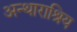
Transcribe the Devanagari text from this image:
अन्थाराश्रिय